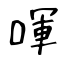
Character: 喗